Report on vaccination in the Province of Bengal - 1874-1889
Year: 1874
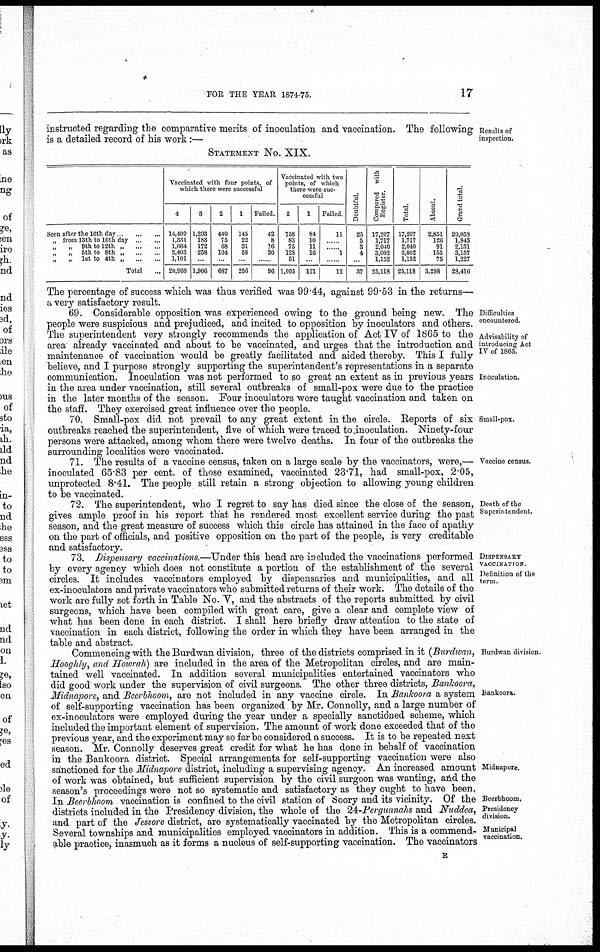
FOR THE YEAR 1874-75.
17
Results of
inspection.
instructed regarding the comparative merits of inoculation and vaccination. The following
is a detailed record of his work:—
STATEMENT No. XIX.
Seen after the 16th day
...
...
„ from 8th to 16th day ... ...
„
„ 9th to 12th „ ... ...
„
„ 5th to 8th „ ... ...
„
„ 1st to 4th „
...
...
Total ...
Vaccinated with four points, of
which there were successful
4
14,409
1,331
1,664
2,403
1,101
20,908
3
1,293
183
172
258
...
1,906
2
440
75
68
104
...
687
1
145
22
31
58
...
256
Failed.
42
8
16
30
...
96
Vaccinated with two
points, of which
there were suc-
cessful
2
758
83
75
128
51
1,095
1
84
10
11
16
...
121
Failed
11
...
...
1
...
12
Doubtful.
25
5
8
4
...
37
Compared with
Register.
17,207
1,717
2,040
3,002
1,152
25,118
Total.
17,207
1,717
2,040
3,002
1,152
25,118
Absent.
2,851
126
91
155
75
3,298
Grand total.
20,058
1,843
2,131
3,157
1,227
28,416
The percentage of success which was thus verified was 99.44, against 99.53 in the returns—
a very satisfactory result.
Difficulties
encountered.
Advisability of
introducing Act
IV of 1865.
Inoculation.
69. Considerable opposition was experienced owing to the ground being new. The
people were suspicious and prejudiced, and incited to opposition by inoculators and others.
The superintendent very strongly recommends the application of Act IV of 1865 to the
area already vaccinated and about to be vaccinated, and urges that the introduction and
maintenance of vaccination would be greatly facilitated and aided thereby. This I fully
believe, and I purpose strongly supporting the superintendent's representations in a separate
communication. Inoculation was not performed to so great an extent as in previous years
in the area under vaccination, still several outbreaks of small-pox were due to the practice
in the later months of the season. Four inoculators were taught vaccination and taken on
the staff. They exercised great influence over the people.
Small-pox.
70. Small-pox did not prevail to any great extent in the circle. Reports of six
outbreaks reached the superintendent, five of which were traced to inoculation. Ninety-four
persons were attacked, among whom there were twelve deaths. In four of the outbreaks the
surrounding localities were vaccinated.
Vaccine census.
71. The results of a vaccine census, taken on a large scale by the vaccinators, were,—
inoculated 65.83 per cent. of those examined, vaccinated 23.71, had small-pox, 2.05,
unprotected 8.41. The people still retain a strong objection to allowing young children
to be vaccinated.
Death of the
Superintendent.
72. The superintendent, who I regret to say has died since the close of the season,
gives ample proof in his report that he rendered most excellent service during the past
season, and the great measure of success which this circle has attained in the face of apathy
on the part of officials, and positive opposition on the part of the people, is very creditable
and satisfactory.
DISPENSARY
VACCINATION.
Definition of the
term.
73. Dispensary vaccinations.—Under this head are included the vaccinations performed
by every agency which does not constitute a portion of the establishment of the several
circles. It includes vaccinators employed by dispensaries and municipalities, and all
ex-inoculators and private vaccinators who submitted returns of their work. The details of the
work are fully set forth in Table No. V, and the abstracts of the reports submitted by civil
surgeons, which have been compiled with great care, give a clear and complete view of
what has been done in each district. I shall here briefly draw attention to the state of
vaccination in each district, following the order in which they have been arranged in the
table and abstract.
Burdwan division.
Bankoora.
Midnapore.
Beerbhoom.
Presidency
division.
Municipal
vaccination.
Commencing with the Burdwan division, three of the districts comprised in it (Burdwan,
Hooghly, and Howrah) are included in the area of the Metropolitan circles, and are main-
tained well vaccinated. In addition several municipalities entertained vaccinators who
did good work under the supervision of civil surgeons. The other three districts, Bankoora,
Midnapore, and Beerbhoom, are not included in any vaccine circle. In Bankoora a system
of self-supporting vaccination has been organized by Mr. Connolly, and a large number of
ex-inoculators were employed during the year under a specially sanctioned scheme, which
included the important element of supervision. The amount of work done exceeded that of the
previous year, and the experiment may so far be considered a success. It is to be repeated next
season. Mr. Connolly deserves great credit for what he has done in behalf of vaccination
in the Bankoora district. Special arrangements for self-supporting vaccination were also
sanctioned for the Midnapore district, including a supervising agency. An increased amount
of work was obtained, but sufficient supervision by the civil surgeon was wanting, and the
season's proceedings were not so systematic and satisfactory as they ought to have been,
In Beerbhoom vaccination is confined to the civil station of Soory and its vicinity. Of the
districts included in the Presidency division, the whole of the 24-Pergunnahs and Nuddea,
and part of the Jessore district, are systematically vaccinated by the Metropolitan circles.
Several townships and municipalities employed vaccinators in addition. This is a commend-
able practice, inasmuch as it forms a nucleus of self-supporting vaccination. The vaccinators
E